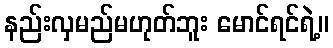
နည်းလှမည်မဟုတ်ဘူး မောင်ရင်ရဲ့။